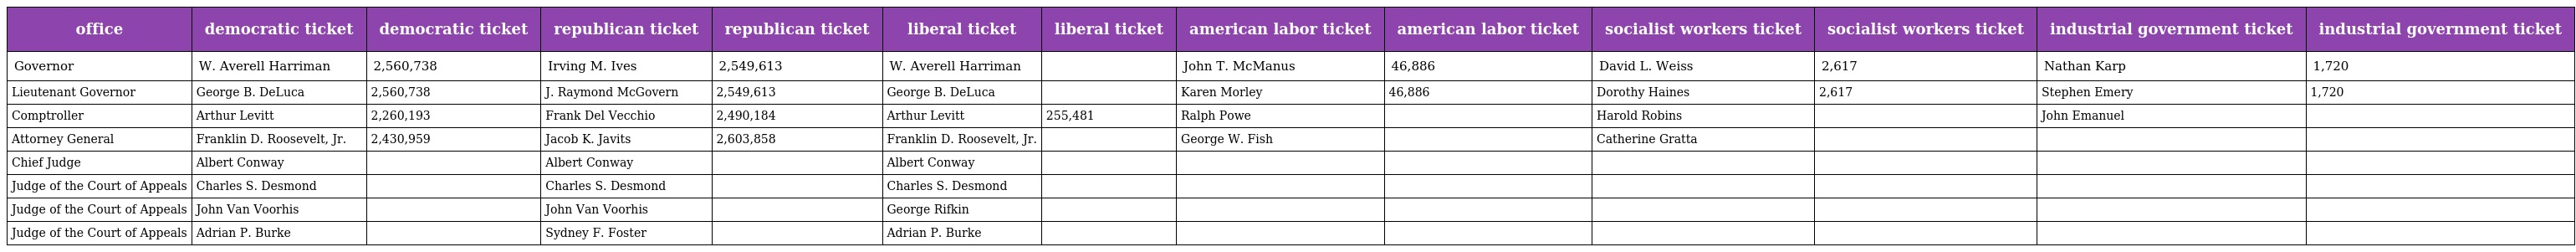
| office | democratic ticket | democratic ticket | republican ticket | republican ticket | liberal ticket | liberal ticket | american labor ticket | american labor ticket | socialist workers ticket | socialist workers ticket | industrial government ticket | industrial government ticket |
 | --- | --- | --- | --- | --- | --- | --- | --- | --- | --- | --- | --- | --- |
 | Governor | W. Averell Harriman | 2,560,738 | Irving M. Ives | 2,549,613 | W. Averell Harriman |  | John T. McManus | 46,886 | David L. Weiss | 2,617 | Nathan Karp | 1,720 |
 | Lieutenant Governor | George B. DeLuca | 2,560,738 | J. Raymond McGovern | 2,549,613 | George B. DeLuca |  | Karen Morley | 46,886 | Dorothy Haines | 2,617 | Stephen Emery | 1,720 |
 | Comptroller | Arthur Levitt | 2,260,193 | Frank Del Vecchio | 2,490,184 | Arthur Levitt | 255,481 | Ralph Powe |  | Harold Robins |  | John Emanuel |  |
 | Attorney General | Franklin D. Roosevelt, Jr. | 2,430,959 | Jacob K. Javits | 2,603,858 | Franklin D. Roosevelt, Jr. |  | George W. Fish |  | Catherine Gratta |  |  |  |
 | Chief Judge | Albert Conway |  | Albert Conway |  | Albert Conway |  |  |  |  |  |  |  |
 | Judge of the Court of Appeals | Charles S. Desmond |  | Charles S. Desmond |  | Charles S. Desmond |  |  |  |  |  |  |  |
 | Judge of the Court of Appeals | John Van Voorhis |  | John Van Voorhis |  | George Rifkin |  |  |  |  |  |  |  |
 | Judge of the Court of Appeals | Adrian P. Burke |  | Sydney F. Foster |  | Adrian P. Burke |  |  |  |  |  |  |  |